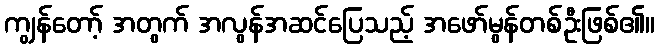
ကျွန်တော့် အတွက် အလွန်အဆင်ပြေသည့် အဖော်မွန်တစ်ဦးဖြစ်၏။